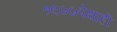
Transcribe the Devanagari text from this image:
१९७७पेक्षाही